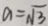
a = \sqrt { 3 }